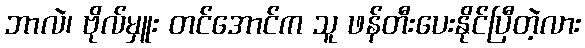
ဘာလဲ၊ ဗိုလ်မှူး တင်အောင်က သူ ဖန်တီးပေးနိုင်ပြီတဲ့လား